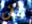
من